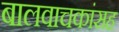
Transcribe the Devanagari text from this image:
बालवाचकांसह